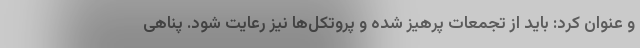
و عنوان کرد: باید از تجمعات پرهیز شده و پروتکل‌ها نیز رعایت شود. پناهی